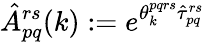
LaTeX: \hat{A}_{pq}^{rs}(k):=e^{\theta_{k}^{pqrs}\hat{\tau}_{pq}^{rs}}